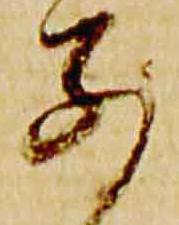
別